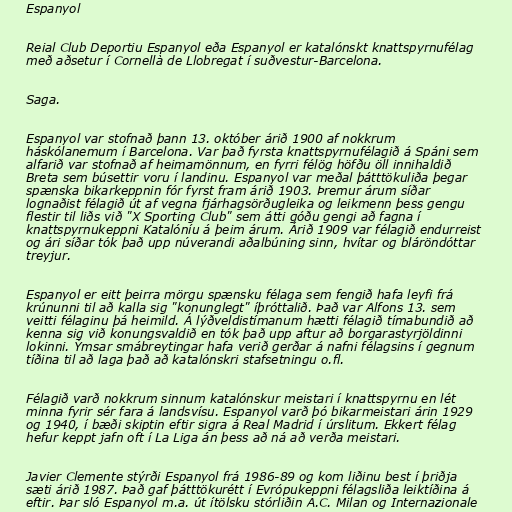
Espanyol

Reial Club Deportiu Espanyol eða Espanyol er katalónskt knattspyrnufélag
með aðsetur í Cornellà de Llobregat í suðvestur-Barcelona.

Saga.

Espanyol var stofnað þann 13. október árið 1900 af nokkrum
háskólanemum í Barcelona. Var það fyrsta knattspyrnufélagið á Spáni sem
alfarið var stofnað af heimamönnum, en fyrri félög höfðu öll innihaldið
Breta sem búsettir voru í landinu. Espanyol var meðal þátttökuliða þegar
spænska bikarkeppnin fór fyrst fram árið 1903. Þremur árum síðar
lognaðist félagið út af vegna fjárhagsörðugleika og leikmenn þess gengu
flestir til liðs við "X Sporting Club" sem átti góðu gengi að fagna í
knattspyrnukeppni Katalóníu á þeim árum. Árið 1909 var félagið endurreist
og ári síðar tók það upp núverandi aðalbúning sinn, hvítar og bláröndóttar
treyjur.

Espanyol er eitt þeirra mörgu spænsku félaga sem fengið hafa leyfi frá
krúnunni til að kalla sig "konunglegt" íþróttalið. Það var Alfons 13. sem
veitti félaginu þá heimild. Á lýðveldistímanum hætti félagið tímabundið að
kenna sig við konungsvaldið en tók það upp aftur að borgarastyrjöldinni
lokinni. Ýmsar smábreytingar hafa verið gerðar á nafni félagsins í gegnum
tíðina til að laga það að katalónskri stafsetningu o.fl.

Félagið varð nokkrum sinnum katalónskur meistari í knattspyrnu en lét
minna fyrir sér fara á landsvísu. Espanyol varð þó bikarmeistari árin 1929
og 1940, í bæði skiptin eftir sigra á Real Madrid í úrslitum. Ekkert félag
hefur keppt jafn oft í La Liga án þess að ná að verða meistari.

Javier Clemente stýrði Espanyol frá 1986-89 og kom liðinu best í þriðja
sæti árið 1987. Það gaf þátttökurétt í Evrópukeppni félagsliða leiktíðina á
eftir. Þar sló Espanyol m.a. út ítölsku stórliðin A.C. Milan og Internazionale